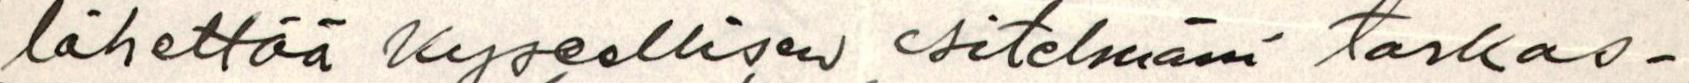
lähettää Kyseellisen esitelmäni tarkas-